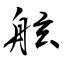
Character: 舷